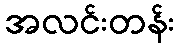
အလင်းတန်း